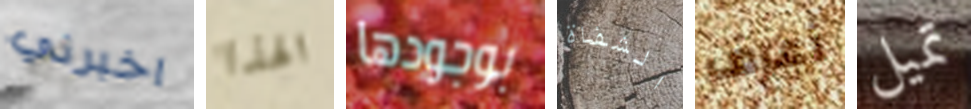
اخبرني الهذا بوجودها الشفاة أعرف تميل